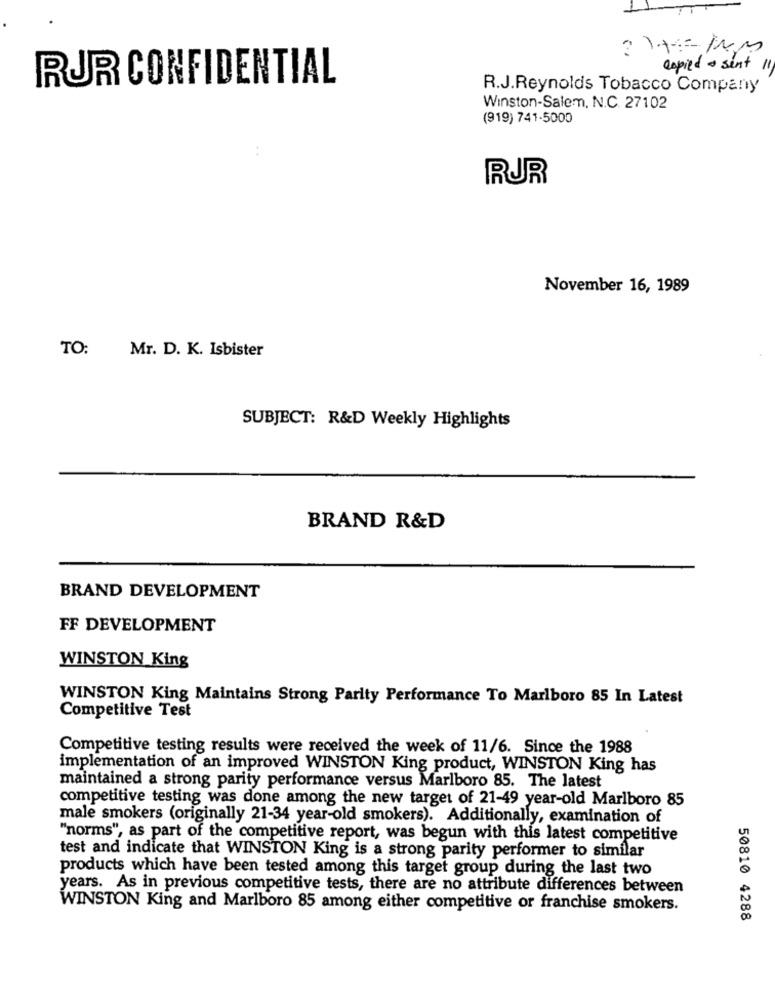
copied sent 11/
RUR CONFIDENTIAL
R.J.Reynolds Tobacco Company
Winston-Salem, N.C. 27102
(919) 741-5000
. .
RUR
November 16, 1989
TO:
Mr. D. K. Isbister
SUBJECT: R&D Weekly Highlights
BRAND R&D
BRAND DEVELOPMENT
FF DEVELOPMENT
WINSTON King
WINSTON King Maintains Strong Parity Performance To Marlboro 85 In Latest
Competitive Test
Competitive testing results were received the week of 11/6. Since the 1988
implementation of an improved WINSTON King product, WINSTON King has
maintained a strong parity performance versus Marlboro 85. The latest
competitive testing was done among the new target of 21-49 year-old Marlboro 85
male smokers (originally 21-34 year-old smokers). Additionally, examination of
"norms", as part of the competitive report, was begun with this latest competitive
test and indicate that WINSTON King is a strong parity performer to similar
products which have been tested among this target group during the last two
years. As in previous competitive tests, there are no attribute differences between
WINSTON King and Marlboro 85 among either competitive or franchise smokers.
50810 4288